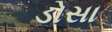
ડોસા